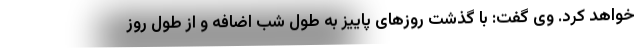
خواهد کرد. وی گفت: با گذشت روزهای پاییز به طول شب اضافه و از طول روز